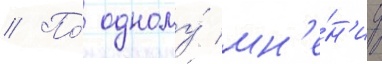
// По́ одному́ мн'е́н'иу